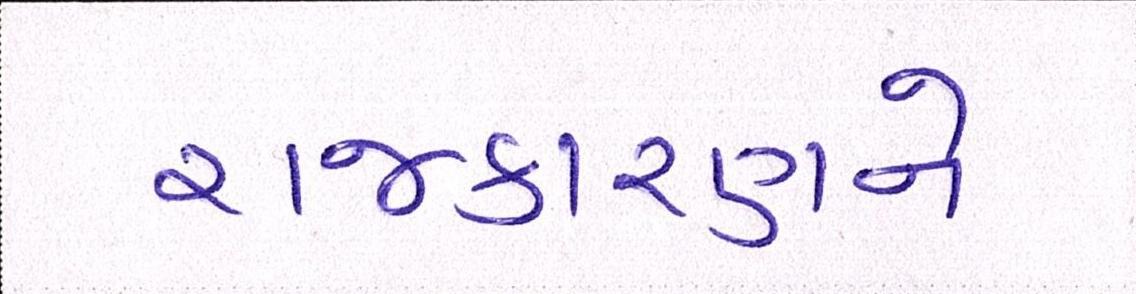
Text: રાજકારણને